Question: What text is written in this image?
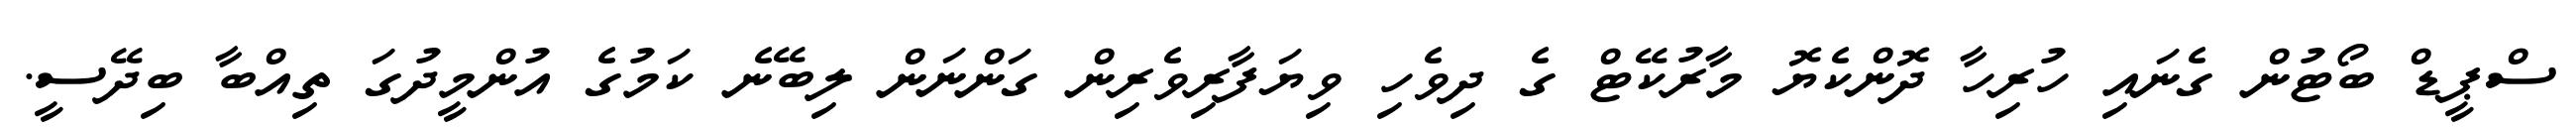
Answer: ސްޕީޑް ބޯޓުން ގެނައި ހުރިހާ ދޮންކެޔޮ މާރުކޭޓް ގެ ދިވެހި ވިޔަފާރިވެރިން ގަންނަން ލިބޭނެ ކަމުގެ އުންމީދުގަ ތިއްބާ ބިދޭސީ.